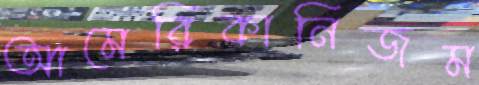
আমেরিকানিজম